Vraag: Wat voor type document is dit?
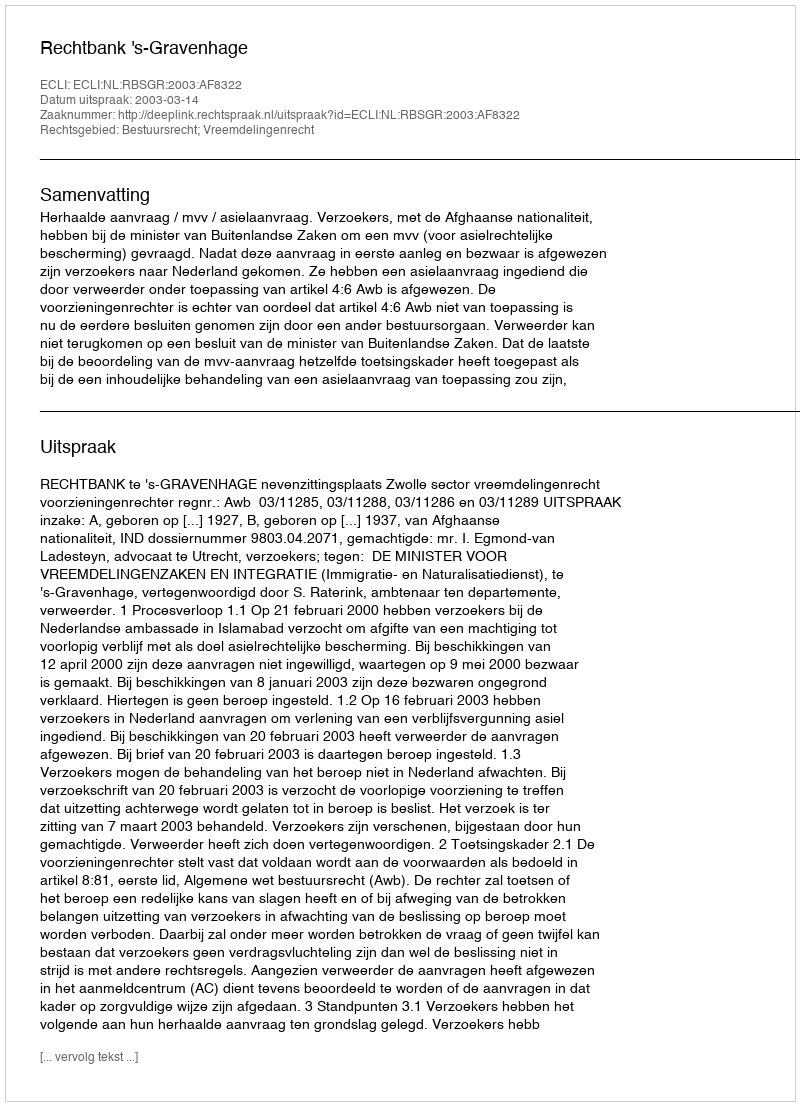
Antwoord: Uitspraak